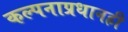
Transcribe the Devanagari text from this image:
कल्पनाप्रधानही